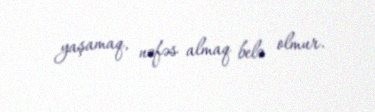
yaşamaq, nəfəs almaq belə olmur.